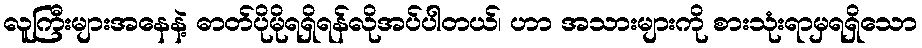
လူကြီးများအနေနဲ့ ဓာတ်ပိုမိုရရှိရန်လိုအပ်ပါတယ်၊ ဟာ အသားများကို စားသုံးရာမှရရှိသော